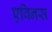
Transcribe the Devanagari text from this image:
एविनस